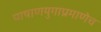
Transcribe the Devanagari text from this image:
पाषाणयुगाप्रमाणेच